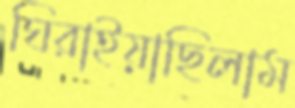
ঘিরাইয়াছিলাম